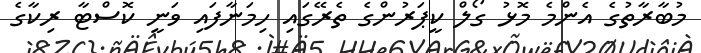
މުބާރާތުގެ އެންމެ މޮޅު ގޯލް ކީޕަރުންގެ ތެރޭގައި ހިމަނާފައި ވަނީ ކޮސްޓާ ރިކާގެ